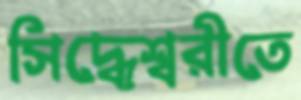
সিদ্ধেশ্বরীতে